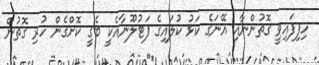
ހިފިފައިވީ ގޮތުންނާއި އޭނަގެ ކަޅު ކުލައިގެ ފަޓުލޫނާއެކީ ބެގީ ކޮށްގެން ހުރި ގޮތުން